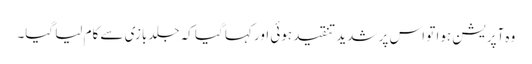
وہ آپریشن ہوا تو اس پر شدید تنقید ہوئی اور کہا گیا کہ جلدبازی سے کام لیا گیا۔